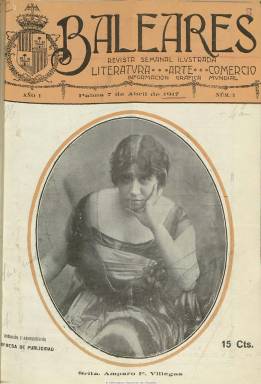
Título: Baleares (Palma. 1917)
Colección: Revistas de información general
Ámbito geográfico: Baleares
Lugar de publicación: Palma
Fechas: 07/04/1917-15/12/1923

Revista ilustrada con profusión de fotograbados e informaciones de actualidad tanto de Mallorca como de las demás islas Baleares, que se publica desde el 7 de abril de 1917 al 15 de diciembre de 1923, primero en entregas semanales, después decenales y por último, desde 1920, quincenales. Sus números superan la veintena de páginas, unas impresas en papel prensa y otras en papel couché. Su director-propietario es el periodista Enrique Vives Verger, que fallecería en febrero de 1932, apareciendo en algún momento como gerente de la publicación Antonio Carró Salas. En el último número de la colección Vives Verger indicará que la revista pasará a ser propiedad íntegra de la Empresa de Publicidad y agradecerá la ayuda que había recibido durante los siete años que la había estado dirigiendo a Juan Marqués Arbona, propietario de los Talleres Tipográficos de Sóller, donde había sido estampada. En ese último número aparece como director José María Verger.

En su cabecera se indica la leyenda “Literatura, Arte, Comercio”, además de “información gráfica mundial”. Sus portadas son estampadas a varias tintas, y están ocupadas casi en su totalidad por una fotografía, unas veces de retratos de artistas, de personalidades o “bellezas” y otras de vistas, tipos o acontecimientos de actualidad de las Baleares. Sus páginas de tipografía las dedica generalmente a textos literarios (también con alguna que otra fotografía), bajo las firmas de escritores nacionales (entre ellos Azorín, Jacinto Benavente, Valle Inclán o Martínez Sierra), pero también locales, que lo hacen tanto en prosa como en verso, y a veces en lengua mallorquina.

Vives Verger también escribirá en prácticamente todas las entregas unas breves crónicas de sociedad, con su nombre y también con su seudónimo: Cirano. La publicación da cuenta de la actualidad local, con noticias, crónicas y reportajes de deportes (fútbol), sucesos, espectáculos (teatro, cine, fiestas populares), industria, política, arte, tradiciones, educación o religión. También tendrá secciones bajo los epígrafes Página infantil, Lecturas infantiles, Cuento semanal, Vida social o Curiosidades.

Entre sus redactores contó con Pedro J. Barceló y tuvo corresponsales en otras islas, y entre sus redactores gráficos, con Ernesto Guardia. Otras firmas de sus numerosos fotograbados corresponden a Francisco Sancho, F. Moragues, M.A. Durán, Ferrer Barcia o Amadeo, que ofrecen además de imágenes de actualidad, otras instantáneas de monumentos, paisajes, vistas, retratos, tipos mallorquines, etc. El último número da cuenta de la visita a Mallorca del rey Alfonso XIII en un gran reportaje gráfico que ocupa numerosas páginas.

También inserta numerosos reclamos publicitarios de comercio, negocios e industrias mallorquinas, algunos también con fotograbados. La estadística de 1920 indica que tiraba 2.500 ejemplares.